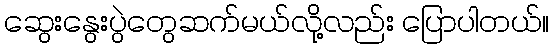
ဆွေးနွေးပွဲတွေဆက်မယ်လို့လည်း ပြောပါတယ်။